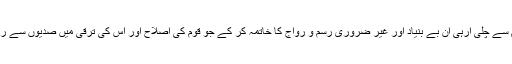
علم ہی ہے جو انسان کو یہ سمجھ عطا کرتی ہے کہ وہ زمانٔہ قدیم سے چلی آرہی ان بے بنیاد اور غیر ضروری رسم و رواج کا خاتمہ کر کے جو قوم کی اصلاح اور اس کی ترقی میں صدیوں سے رکاوٹ بن رہی ہے ‘ معاشرے کو نئی زندگی اور نئی راہ دکھائے۔